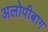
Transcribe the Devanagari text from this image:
अलोपीबाग